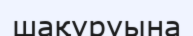
шақуруына